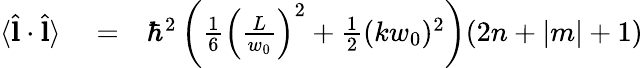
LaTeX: \begin{array}{rlr}{\langle\hat{\mathbf l}\cdot\hat{\mathbf l}\rangle}&{{}=}&{\hbar^{2}\left(\frac{1}{6}\left(\frac{L}{w_{0}}\right)^{2}+\frac{1}{2}(kw_{0})^{2}\right)(2n+|m|+1)}\end{array}